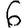
Digit: 6